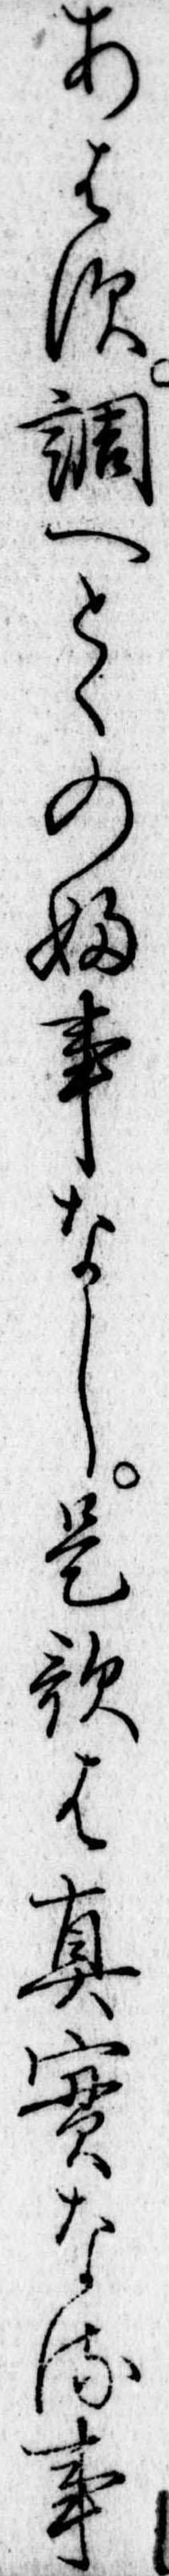
あはす調へとゝのふ事なし是歌は真実なる事